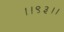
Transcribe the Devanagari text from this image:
।।९३।।